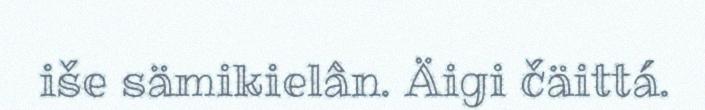
iše sämikielân. Äigi čäittá.